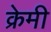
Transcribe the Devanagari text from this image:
क्रेमी